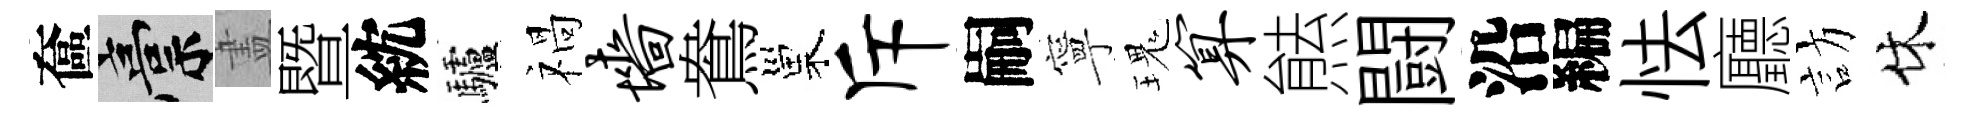
奩稿𥁞暨紞驢禍墙鴦巢斥嗣寧瑰算㷱闘沿編怯廳訪休